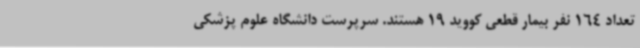
تعداد 164 نفر بیمار قطعی کووید 19 هستند. سرپرست دانشگاه علوم پزشکی